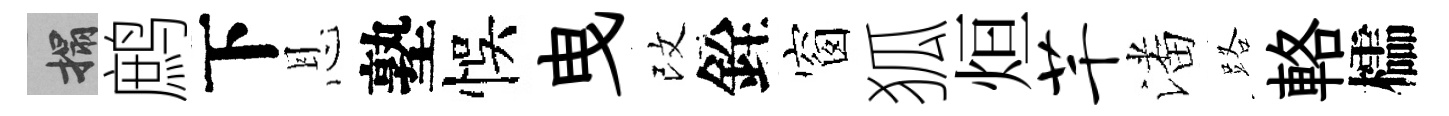
搨鹧下恩塾悞曳改銓窗狐烜芊潘路輅櫺